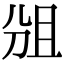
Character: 𠜞